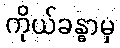
ကိုယ်ခန္ဓာမှ